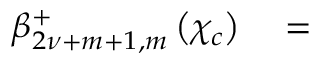
\begin{array} { r l } { \beta _ { 2 { \nu } + m + 1 , m } ^ { + } \left( \chi _ { c } \right) } & { { } = } \end{array}